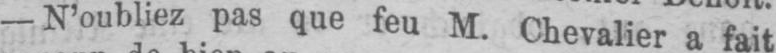
- N’oubliez pas que feu M. Chevalier a fait